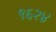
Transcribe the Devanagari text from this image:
९६२४